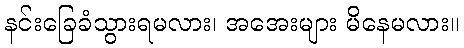
နင်းခြေခံသွားရမလား၊ အအေးများ မိနေမလား။